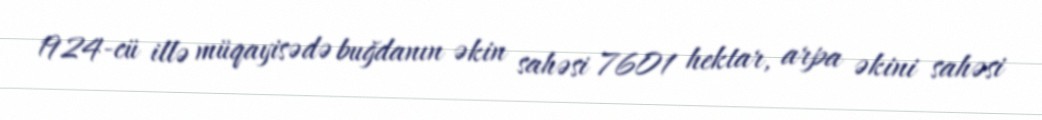
1924-cü illə müqayisədə buğdanın əkin sahəsi 7601 hektar, arpa əkini sahəsi